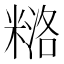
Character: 𰫅